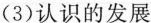
(3)认识的发展